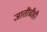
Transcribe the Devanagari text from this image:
जातींचीही